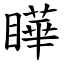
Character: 瞱